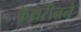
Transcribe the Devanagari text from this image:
कॅथरीनने